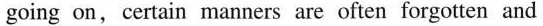
going on, certain manners are often forgotten and